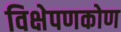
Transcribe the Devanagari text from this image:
विक्षेपणकोण